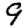
Digit: 9